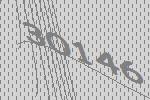
30146